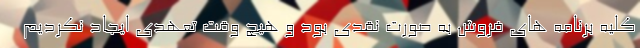
کلیه برنامه های فروش به صورت نقدی بود و هیچ وقت تعهدی ایجاد نکردیم